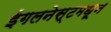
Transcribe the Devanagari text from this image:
ईगलनेस्टमधून